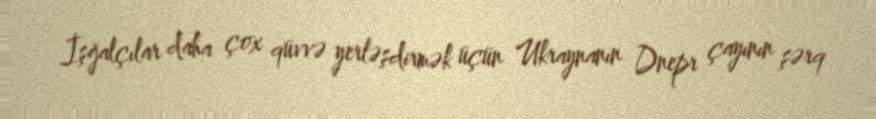
İşğalçılar daha çox qüvvə yerləşdirmək üçün Ukraynanın Dnepr çayının şərq